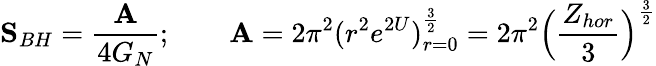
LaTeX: {\mathbf S}_{BH}={\frac{\mathbf A}{4G_{N}}};\qquad{\mathbf A}=2\pi^{2}(r^{2}e^{2U})_{r=0}^{\frac{3}{2}}=2\pi^{2}\Big({\frac{Z_{hor}}{3}}\Big)^{\frac{3}{2}}